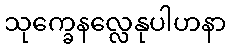
သုက္ခေနလ္လေနုပါဟနာ